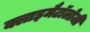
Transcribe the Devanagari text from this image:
क्लाइमैटॉलोजी